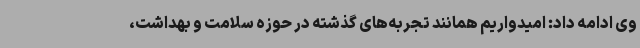
وی ادامه داد: امیدواریم همانند تجربه‌های گذشته در حوزه سلامت و بهداشت،